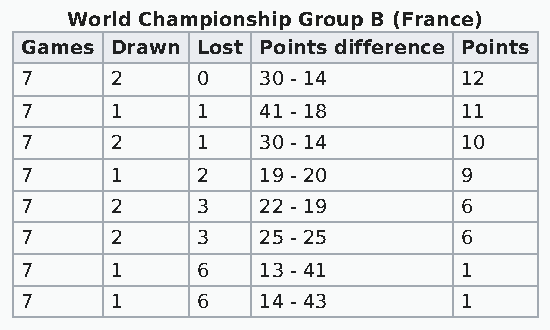
World Championship Group B (France)
 Games Drawn Lost Points difference Points
 7     2     0   30 - 14       12
 7     1     1   41 - 18       11
 7     2     1   30 - 14       10
 7     1     2   19 - 20       9
 7     2     3   22 - 19       6
 7     2     3   25 - 25       6
 7     1     6   13 - 41       1
 7     1     6   14 - 43       1